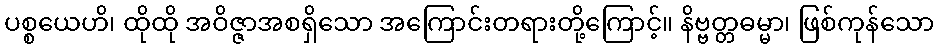
ပစ္စယေဟိ၊ ထိုထို အဝိဇ္ဇာအစရှိသော အကြောင်းတရားတို့ကြောင့်။ နိဗ္ဗတ္တဓမ္မာ၊ ဖြစ်ကုန်သော